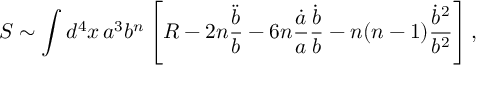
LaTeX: S \sim \int d ^ { 4 } x \, a ^ { 3 } b ^ { n } \left[ R - 2 n \frac { \ddot { b } } { b } - 6 n \frac { \dot { a } } { a } \frac { \dot { b } } { b } - n ( n - 1 ) \frac { \dot { b } ^ { 2 } } { b ^ { 2 } } \right] ,